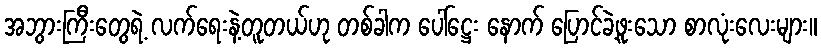
အဘွားကြီးတွေရဲ့ လက်ရေးနဲ့တူတယ်ဟု တစ်ခါက ပေါ်ဋ္ဌေး နောက် ပြောင်ခဲ့ဖူးသော စာလုံးလေးများ။